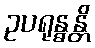
ဥပရုန္ဓန္တိ